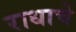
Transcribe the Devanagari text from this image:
राधाचे